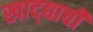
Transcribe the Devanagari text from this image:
खाद्द्याची